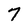
Character: 7